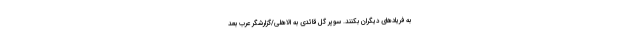
به فریادهای دیگران بکنند. سوپر گل قائدی به الاهلی/گزارشگر عرب بعد